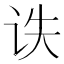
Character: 𰵙